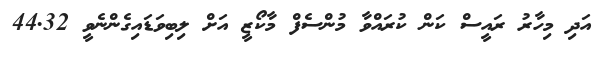
އަދި މިހާރު ރައީސް ކަން ކުރައްވާ މުންސެފް މާކޯޒީ އަށް ލިބިވަޑައިގެންނެވީ 44.32